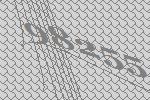
98255